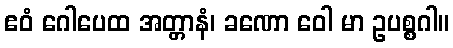
ဧဝံ ဂေါပေထ အတ္တာနံ၊ ခဏော ဝေါ မာ ဥပစ္စဂါ။